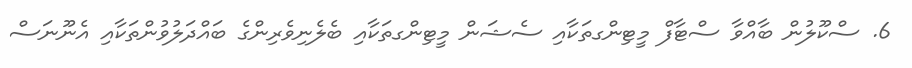
6. ސްކޫލުން ބާއްވާ ސްޓާފް މީޓިންގތަކާއި ސެޝަން މީޓިންގތަކާއި ބެލެނިވެރިންގެ ބައްދަލުވުންތަކާއި އެނޫނަސް